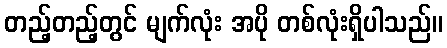
တည့်တည့်တွင် မျက်လုံး အပို တစ်လုံးရှိပါသည်။